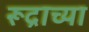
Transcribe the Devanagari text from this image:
रूद्राच्या